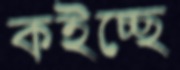
কইচ্ছে